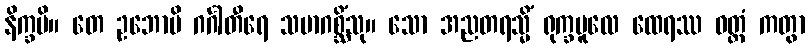
နိက္ခမိ။ တေ ဥဘောပိ ဂင်္ဂါတီရေ သမာဂစ္ဆိံသု။ သော အညတရသ္မိံ ရုက္ခမူလေ ထေရဿ ဝတ္တံ ကတွာ